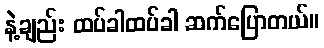
နဲ့ချည်း ထပ်ခါထပ်ခါ ဆက်ပြောတယ်။